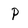
Character: P